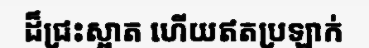
ដ៏ជ្រះស្អាត ហើយឥតប្រឡាក់